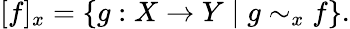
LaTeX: [f]_{x}=\{ g:X\to Y\mid g\sim_{x}f\} .